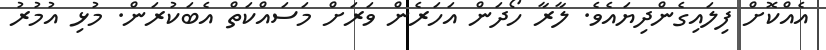
އެއްކޮށް ފިލައިގެންދިޔައެވެ. ލާރާ ހޯދަން އަހަރެން ވަރަށް މަސައްކަތް އެބަކުރަން. މުޅި އުމުރު